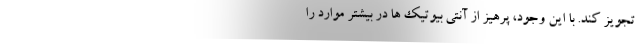
تجویز کند. با این وجود، پرهیز از آنتی بیوتیک ها در بیشتر موارد را